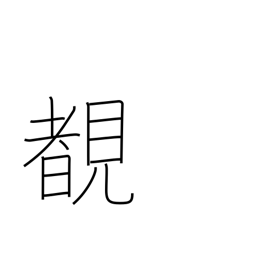
Meaning: see